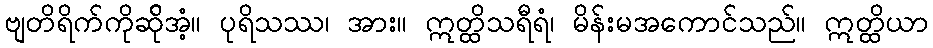
ဗျတိရိက်ကိုဆ်ိုအံ့။ ပုရိသဿ၊ အား။ ဣတ္ထိသရီရံ၊ မိန်းမအကောင်သည်။ ဣတ္ထိယာ